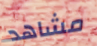
مشاهد